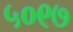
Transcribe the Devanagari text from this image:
५०९७